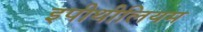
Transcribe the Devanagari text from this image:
इपीथीलियम